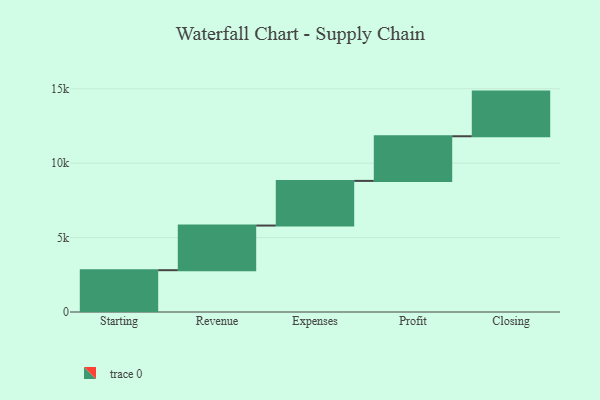
{"axis": {"x": "Step", "y": "Value"}, "legend": [""], "data": [{"x": "Starting", "y": 2809.0, "type": ""}, {"x": "Revenue", "y": 3000, "type": ""}, {"x": "Expenses", "y": 3000, "type": ""}, {"x": "Profit", "y": 3000, "type": ""}, {"x": "Closing", "y": 3000, "type": ""}]}